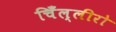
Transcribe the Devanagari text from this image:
चिँल्लीरो